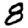
Digit: 8